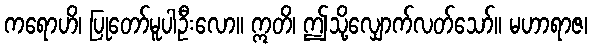
ကရောဟိ၊ ပြုတော်မူပါဦးလော။ ဣတိ၊ ဤသို့လျှောက်လတ်သော်။ မဟာရာဇ၊